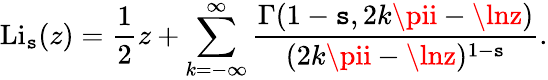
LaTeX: \operatorname{Li}_{\mathtt{s}}(z)={\frac{{1}}{{2}}}z+\sum_{k=-\infty}^{\infty}{\frac{{\Gamma(1-\mathtt{s},2k\pii-\lnz)}}{{(2k\pii-\lnz)^{1-\mathtt{s}}}}}.